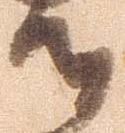
候